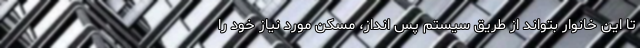
تا این خانوار بتواند از طریق سیستم پس انداز، مسکن مورد نیاز خود را